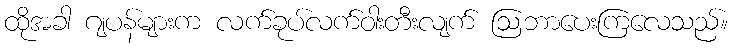
ထိုအခါ ဂျပန်များက လက်ခုပ်လက်ဝါးတီးလျက် ဩဘာပေးကြလေသည်။